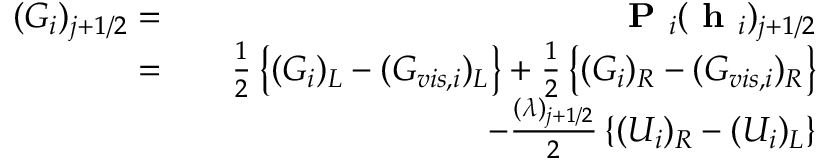
\begin{array} { r l r } { ( G _ { i } ) _ { j + 1 / 2 } = } & { } & { \textbf { P } _ { i } ( \textbf { h } _ { i } ) _ { j + 1 / 2 } } \\ { = } & { } & { \frac { 1 } { 2 } \left\{ ( G _ { i } ) _ { L } - ( G _ { v i s , i } ) _ { L } \right\} + \frac { 1 } { 2 } \left\{ ( G _ { i } ) _ { R } - ( G _ { v i s , i } ) _ { R } \right\} } \\ & { } & { - \frac { ( \lambda ) _ { j + 1 / 2 } } { 2 } \left\{ ( U _ { i } ) _ { R } - ( U _ { i } ) _ { L } \right\} } \end{array}